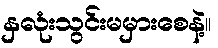
နှလုံးသွင်းမမှားစေနဲ့။